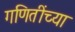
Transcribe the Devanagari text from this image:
गणितींच्या